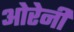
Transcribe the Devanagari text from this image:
ओरेनी